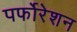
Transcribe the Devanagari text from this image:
पर्फोरेशन